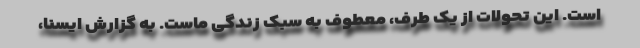
است. این تحولات از یک طرف، معطوف به سبک زندگی ماست. به گزارش ایسنا،